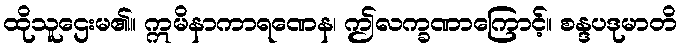
ထိုသူဌေးမ၏။ ဣမိနာကာရဏေန၊ ဤလက္ခဏာကြောင့်။ စန္ဒပဒုမာတိ